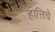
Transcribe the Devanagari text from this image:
हात्तिचे